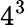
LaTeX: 4^{3}